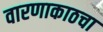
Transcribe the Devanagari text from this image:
वारणाकाठचा